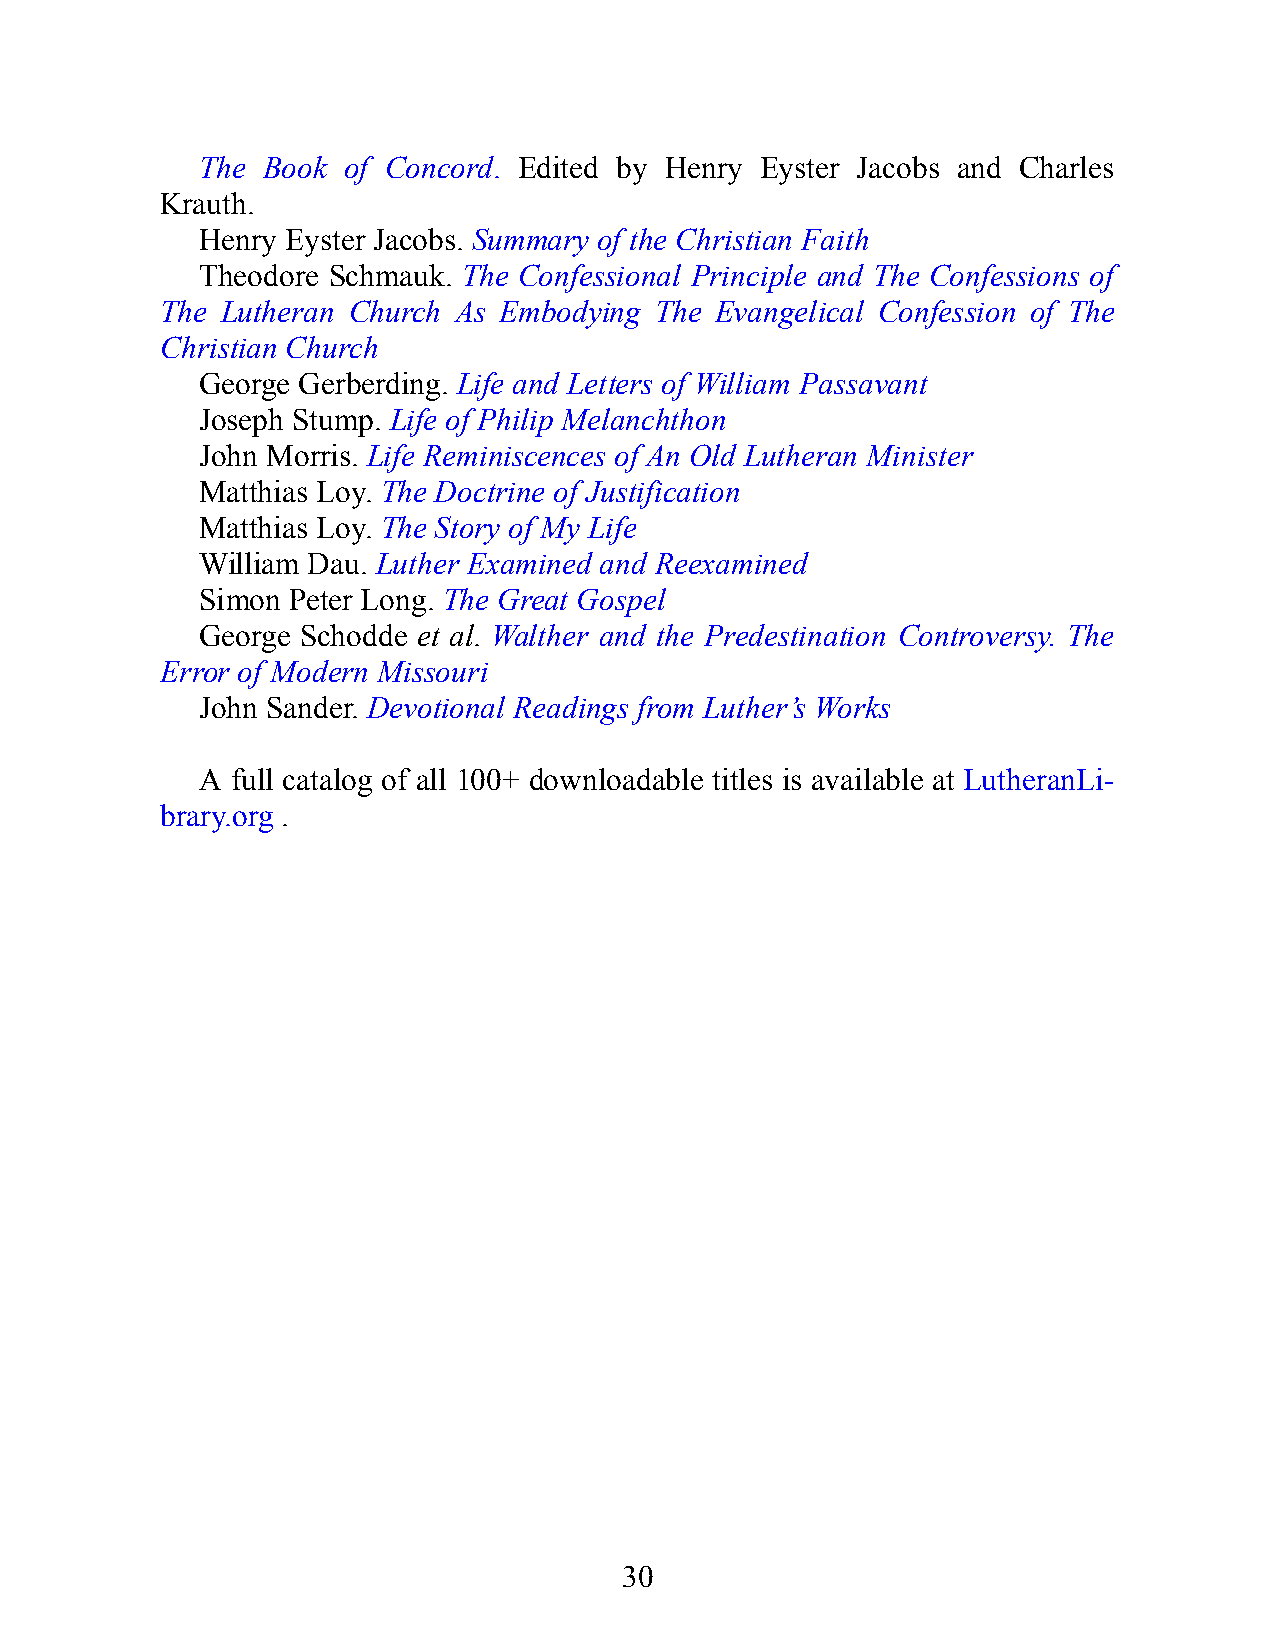
The Book  of Con cord. Edited by Henry Eyster Ja cobs and Charles
 Krauth.
 Henry Eyster Ja cobs. Summ ary of the Chris tian Faith
 Theodore Schmauk. The Con fes sional Prin ci ple and The Con fes sions of
 The Lutheran Church As Emb odyi ng The Evan gel ic al Con fes sion of The
 Chris tian Church
 George Ger berdi ng. Life and Let ters of William Pas sav ant
 Joseph Stump. Life of Philip Melanchthon
 John Mor ris. Life Rem in is cences of An Old Lutheran Mini s ter
 Matthias Loy. The Doc trine of Just i fi cat ion
 Matthias Loy. The Story of My Life
 William Dau. Luther Ex ami ned and Re exa mi ned
 Si mon Pe ter Long. The Great Gospel
 George Schodde et al. Walther and the Pred est i na tion Con tro versy. The
 Er ror of Mod ern Miss ouri
 John Sander. De vot ional Read ings from Luther’s Works
 A full cat al og of all 100+ downl oad able ti tles is avail able at Luther anL i-
 brary.org .
 30